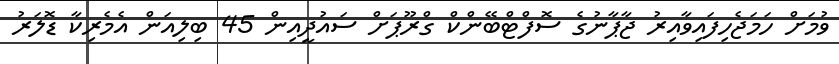
ވުމަށް ހަމަޖެހިފައިވާއިރު ޖާޕާނުގެ ސޮފްޓްބޭންކް ގްރޫޕަށް ސައުދީއިން 45 ބިލިއަން އެމެރިކާ ޑޮލަރު